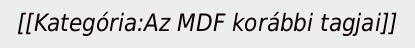
[[Kategória:Az MDF korábbi tagjai]]